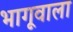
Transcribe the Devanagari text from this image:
भागूवाला